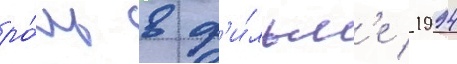
ро́ль в ф'и́льм'е 1994